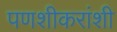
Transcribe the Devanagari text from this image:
पणशीकरांशी